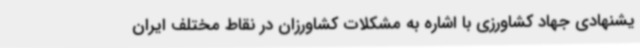
یشنهادی جهاد کشاورزی با اشاره به مشکلات کشاورزان در نقاط مختلف ایران